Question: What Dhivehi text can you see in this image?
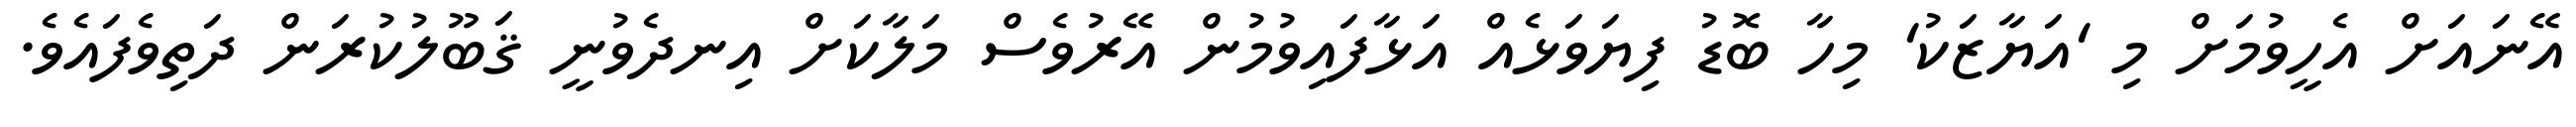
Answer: އޭނައަށް އެހީވުމަށް މި 'އަޔާޒަކު' މިހާ ބޮޑު ފިޔަވަޅެއް އަޅާފައިވުމުން އޭރުވެސް މަލާކަށް އިނދެވުނީ ޤަބޫލުކުރަން ދަތިވެފައެވެ.